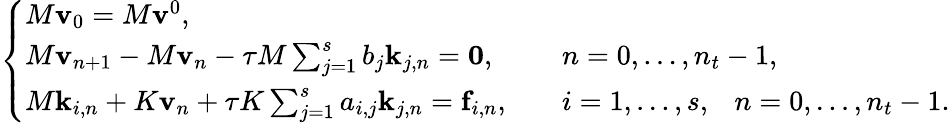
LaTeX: \left\{ \begin{array}{ll}{M\mathbf{v}_{0}=M\mathbf{v}^{0},}\\ {M\mathbf{v}_{n+1}-M\mathbf{v}_{n}-\tau M\sum_{j=1}^{s}b_{j}\mathbf{k}_{j,n}=\mathbf{0},}&{\quad n=0,\ldots,n_{t}-1,}\\ {M\mathbf{k}_{i,n}+K\mathbf{v}_{n}+\tau K\sum_{j=1}^{s}a_{i,j}\mathbf{k}_{j,n}=\mathbf{f}_{i,n},}&{\quad i=1,\ldots,s,\; \; \: n=0,\ldots,n_{t}-1.}\end{array}\right.